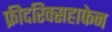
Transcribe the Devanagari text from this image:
फ्रीदरिक्सहाफेन